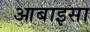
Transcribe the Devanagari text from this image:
आबाइसा